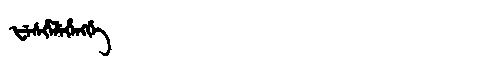
Manchu: ᡶᡝᠰᡥᡝᠯᡝᡥᡝᠩᡤᡝ
Romanization: FESHELEHENGGE